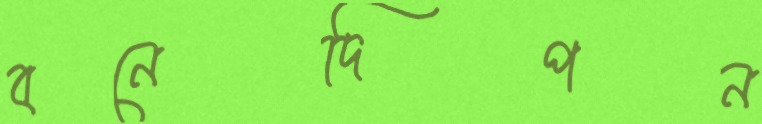
বনেদিপন